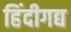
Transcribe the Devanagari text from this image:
हिंदीगद्य